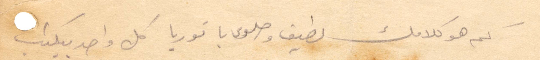
كم هو كلامك لطيف وحلوى يا توريا كل واحد بيكتب